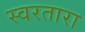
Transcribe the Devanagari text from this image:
स्वरतारा